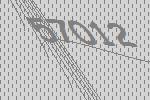
57012